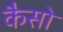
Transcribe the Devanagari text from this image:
कैसो